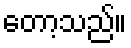
တော့သည်။